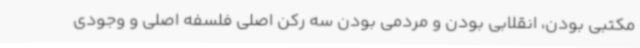
مکتبی بودن، انقلابی بودن و مردمی بودن سه رکن اصلی فلسفه اصلی و وجودی